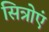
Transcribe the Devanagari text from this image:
सित्रोएं